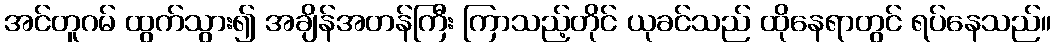
အင်တူဂမ် ထွက်သွား၍ အချိန်အတန်ကြီး ကြာသည့်တိုင် ယုခင်သည် ထိုနေရာတွင် ရပ်နေသည်။